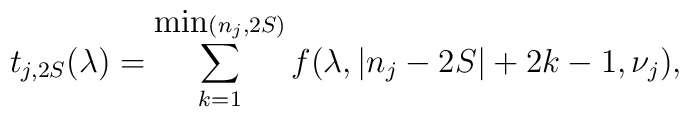
t_{j,2S}(\lambda) = \sum_{k=1}^{\mbox{min}(n_j,2S)} f(\lambda,|n_j-2S|+2k-1,\nu_j),